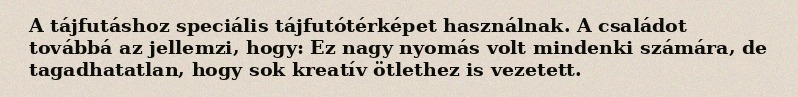
A tájfutáshoz speciális tájfutótérképet használnak. A családot továbbá az jellemzi, hogy: Ez nagy nyomás volt mindenki számára, de tagadhatatlan, hogy sok kreatív ötlethez is vezetett.